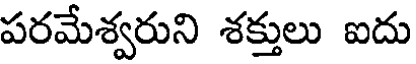
పరమేశ్వరుని శక్తులు ఐదు